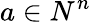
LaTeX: a\in N^{n}